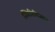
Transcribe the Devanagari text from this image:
स्थितिविज्ञान